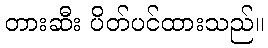
တားဆီး ပိတ်ပင်ထားသည်။